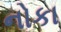
નોકા